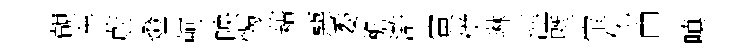
覿车蔚燈軻映愒藉惡委檐滸寅併琳涇塈宝化申嗔